Civil Veterinary Dept. Bombay admin report 1907-1913 - 1907-1913
Year: 1907
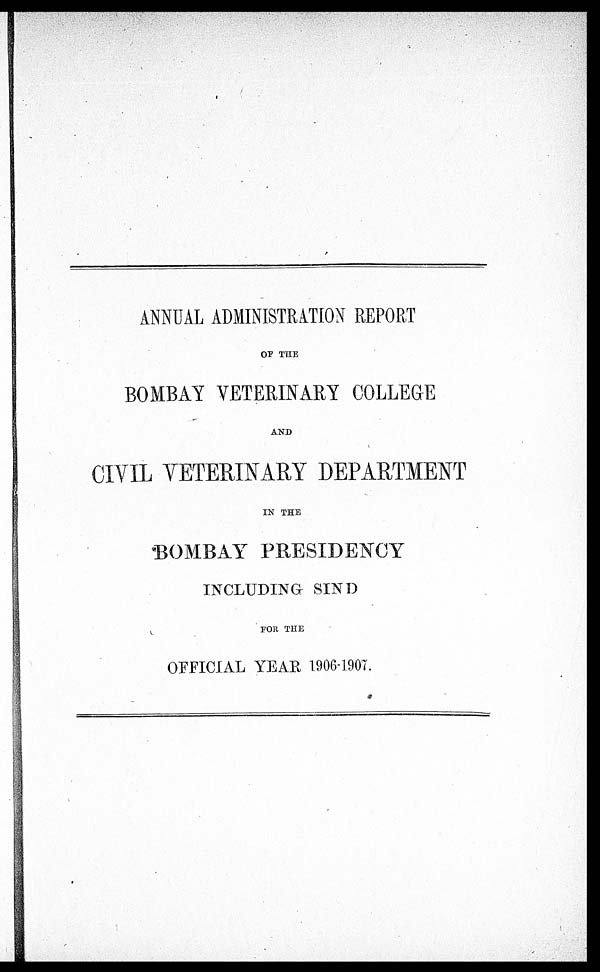
ANNUAL ADMINISTRATION REPORT
OF THE
BOMBAY VETERINARY COLLEGE
AND
CIVIL VETERINARY DEPARTMENT
IN THE
BOMBAY PRESIDENCY
INCLUDING SIND
FOR THE
OFFICIAL YEAR 1906-1907.